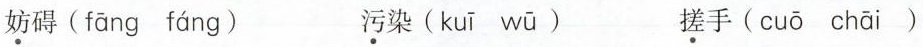
\underset{·}{妨}碍( fāng fáng ) \underset{·}{污}染( kuī wū ) \underset{·}{搓}手( cuō chāi )